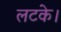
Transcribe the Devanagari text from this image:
लटके।